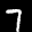
Label: 7